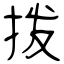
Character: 拨